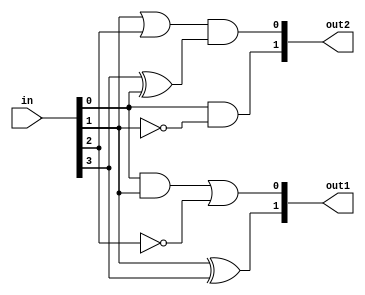
module overlapping_groups (
    input wire [3:0] in,      // 4-bit input vector
    output wire [1:0] out1,   // Output from Group 1
    output wire [1:0] out2    // Output from Group 2
);

// Group 1 Logic: Implements a simple logic function
// Example: out1 = (in[0] AND in[1]) OR (NOT in[2])
assign out1[0] = (in[0] & in[1]) | ~in[2]; // Logic function for output 0 of Group 1
assign out1[1] = in[1] ^ in[3];           // Logic function for output 1 of Group 1

// Group 2 Logic: Implements a different logic function
// Example: out2 = (in[1] OR in[2]) AND (in[3] XOR in[0])
assign out2[0] = (in[1] | in[2]) & (in[3] ^ in[0]); // Logic function for output 0 of Group 2
assign out2[1] = in[0] & ~in[1];                     // Logic function for output 1 of Group 2

endmodule